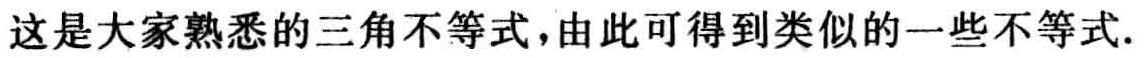
这是大家熟悉的三角不等式，由此可得到类似的一些不等式.